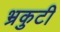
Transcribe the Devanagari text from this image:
भ्रकुटी